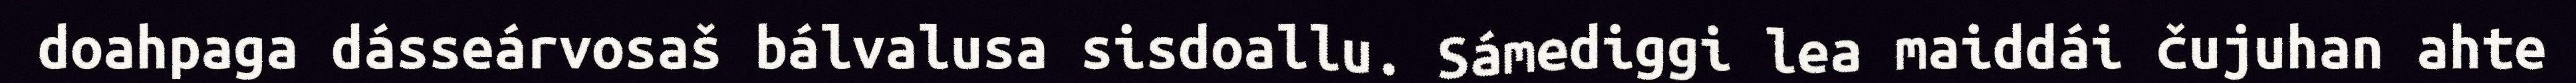
doahpaga dásseárvosaš bálvalusa sisdoallu. Sámediggi lea maiddái čujuhan ahte